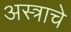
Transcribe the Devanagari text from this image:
अस्त्राचे